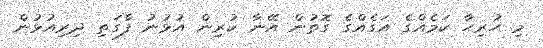
މި ހުރިހާ ކަމެއްގެ އަގެއްގެ ގޮތުން އޭނާ ކުރިން އުޅުނު ފާގަތި ދިރިއުޅުން